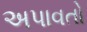
અપાવતો